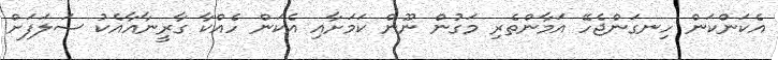
އެކަންކަން ހިނގަންޖެހޭ އަމާންތެރި މަގުން ނޫން ކަމަށާއި އެކަން ހެއްކާ ގާރީނާއާއެކު ސަލަފަށް